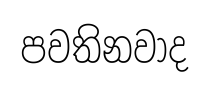
පවතිනවාද